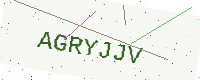
Text: AGRYJJV